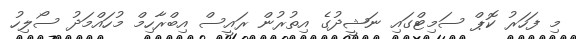
މި ފަހަރު ކޮޕް ސަމިޓްގައި ނަޝީދުގެ އިތުރުން ރައީސް އިބްރާހިމް މުހައްމަދު ސޯލިހު